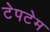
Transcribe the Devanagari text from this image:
टेपटेम